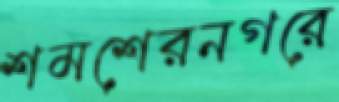
শমশেরনগরে